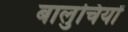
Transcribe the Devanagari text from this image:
बालुचियों